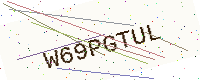
Text: W69PGTUL